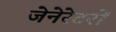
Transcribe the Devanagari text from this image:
जेनेरेटरों